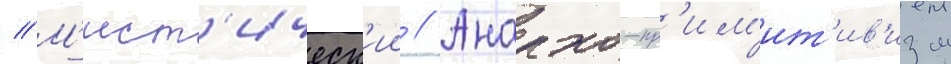
// М'ист'ическ'ии // Анархо-пр'им'ит'ив'изм